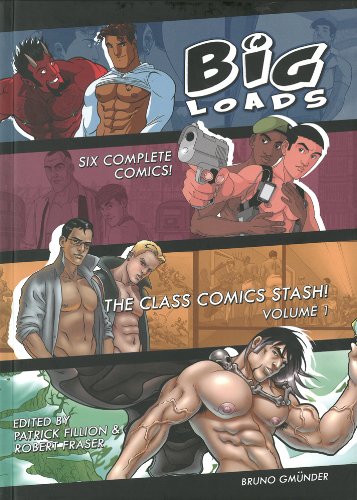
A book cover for Big Loads - The Class Comic Stash!; Comics & Graphic Novels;